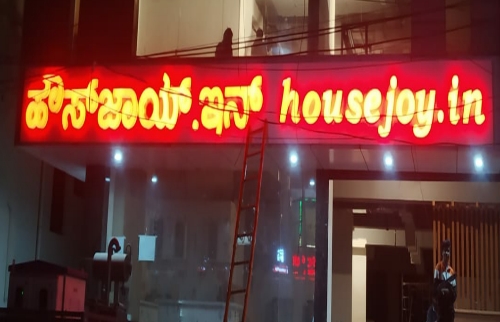
Language: kannada
Transcription: ಹೌಸ್ ಜಾಯ್ ಇನ್